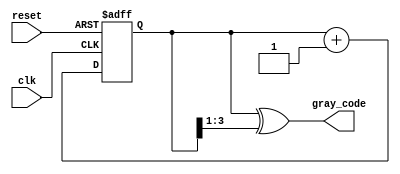
module gray_code_counter (
    input wire clk,
    input wire reset,
    output reg [n-1:0] gray_code // n-bit Gray code output
);
    parameter n = 4; // Define the size of the counter (number of bits)

    reg [n-1:0] binary_count;     // Internal binary counter

    // Always block for asynchronous reset and binary counting logic
    always @(posedge clk or posedge reset) begin
        if (reset) begin
            binary_count <= 0;     // Reset binary counter to 0
        end else begin
            binary_count <= binary_count + 1; // Increment binary counter
        end
    end

    // Combinational logic to convert binary count to Gray code
    always @(*) begin
        gray_code = binary_count ^ (binary_count >> 1); // Binary to Gray code conversion
    end

endmodule